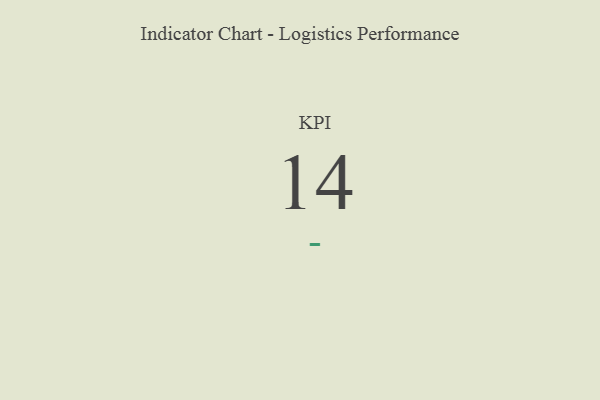
{"axis": {"x": "KPI", "y": "Value"}, "legend": [""], "data": [{"x": "KPI", "y": 14, "type": ""}]}